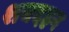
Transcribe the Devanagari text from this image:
शवदहन